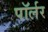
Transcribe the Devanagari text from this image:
पॉर्लर